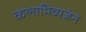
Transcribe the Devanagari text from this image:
कलाभिव्यजंन